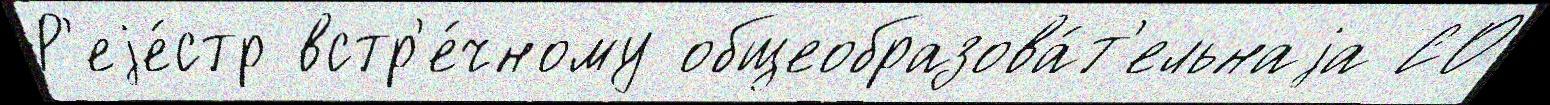
Р'еjе́стр встр'е́чному общеобразова́т'ельнаjа СО